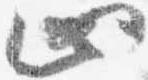
止